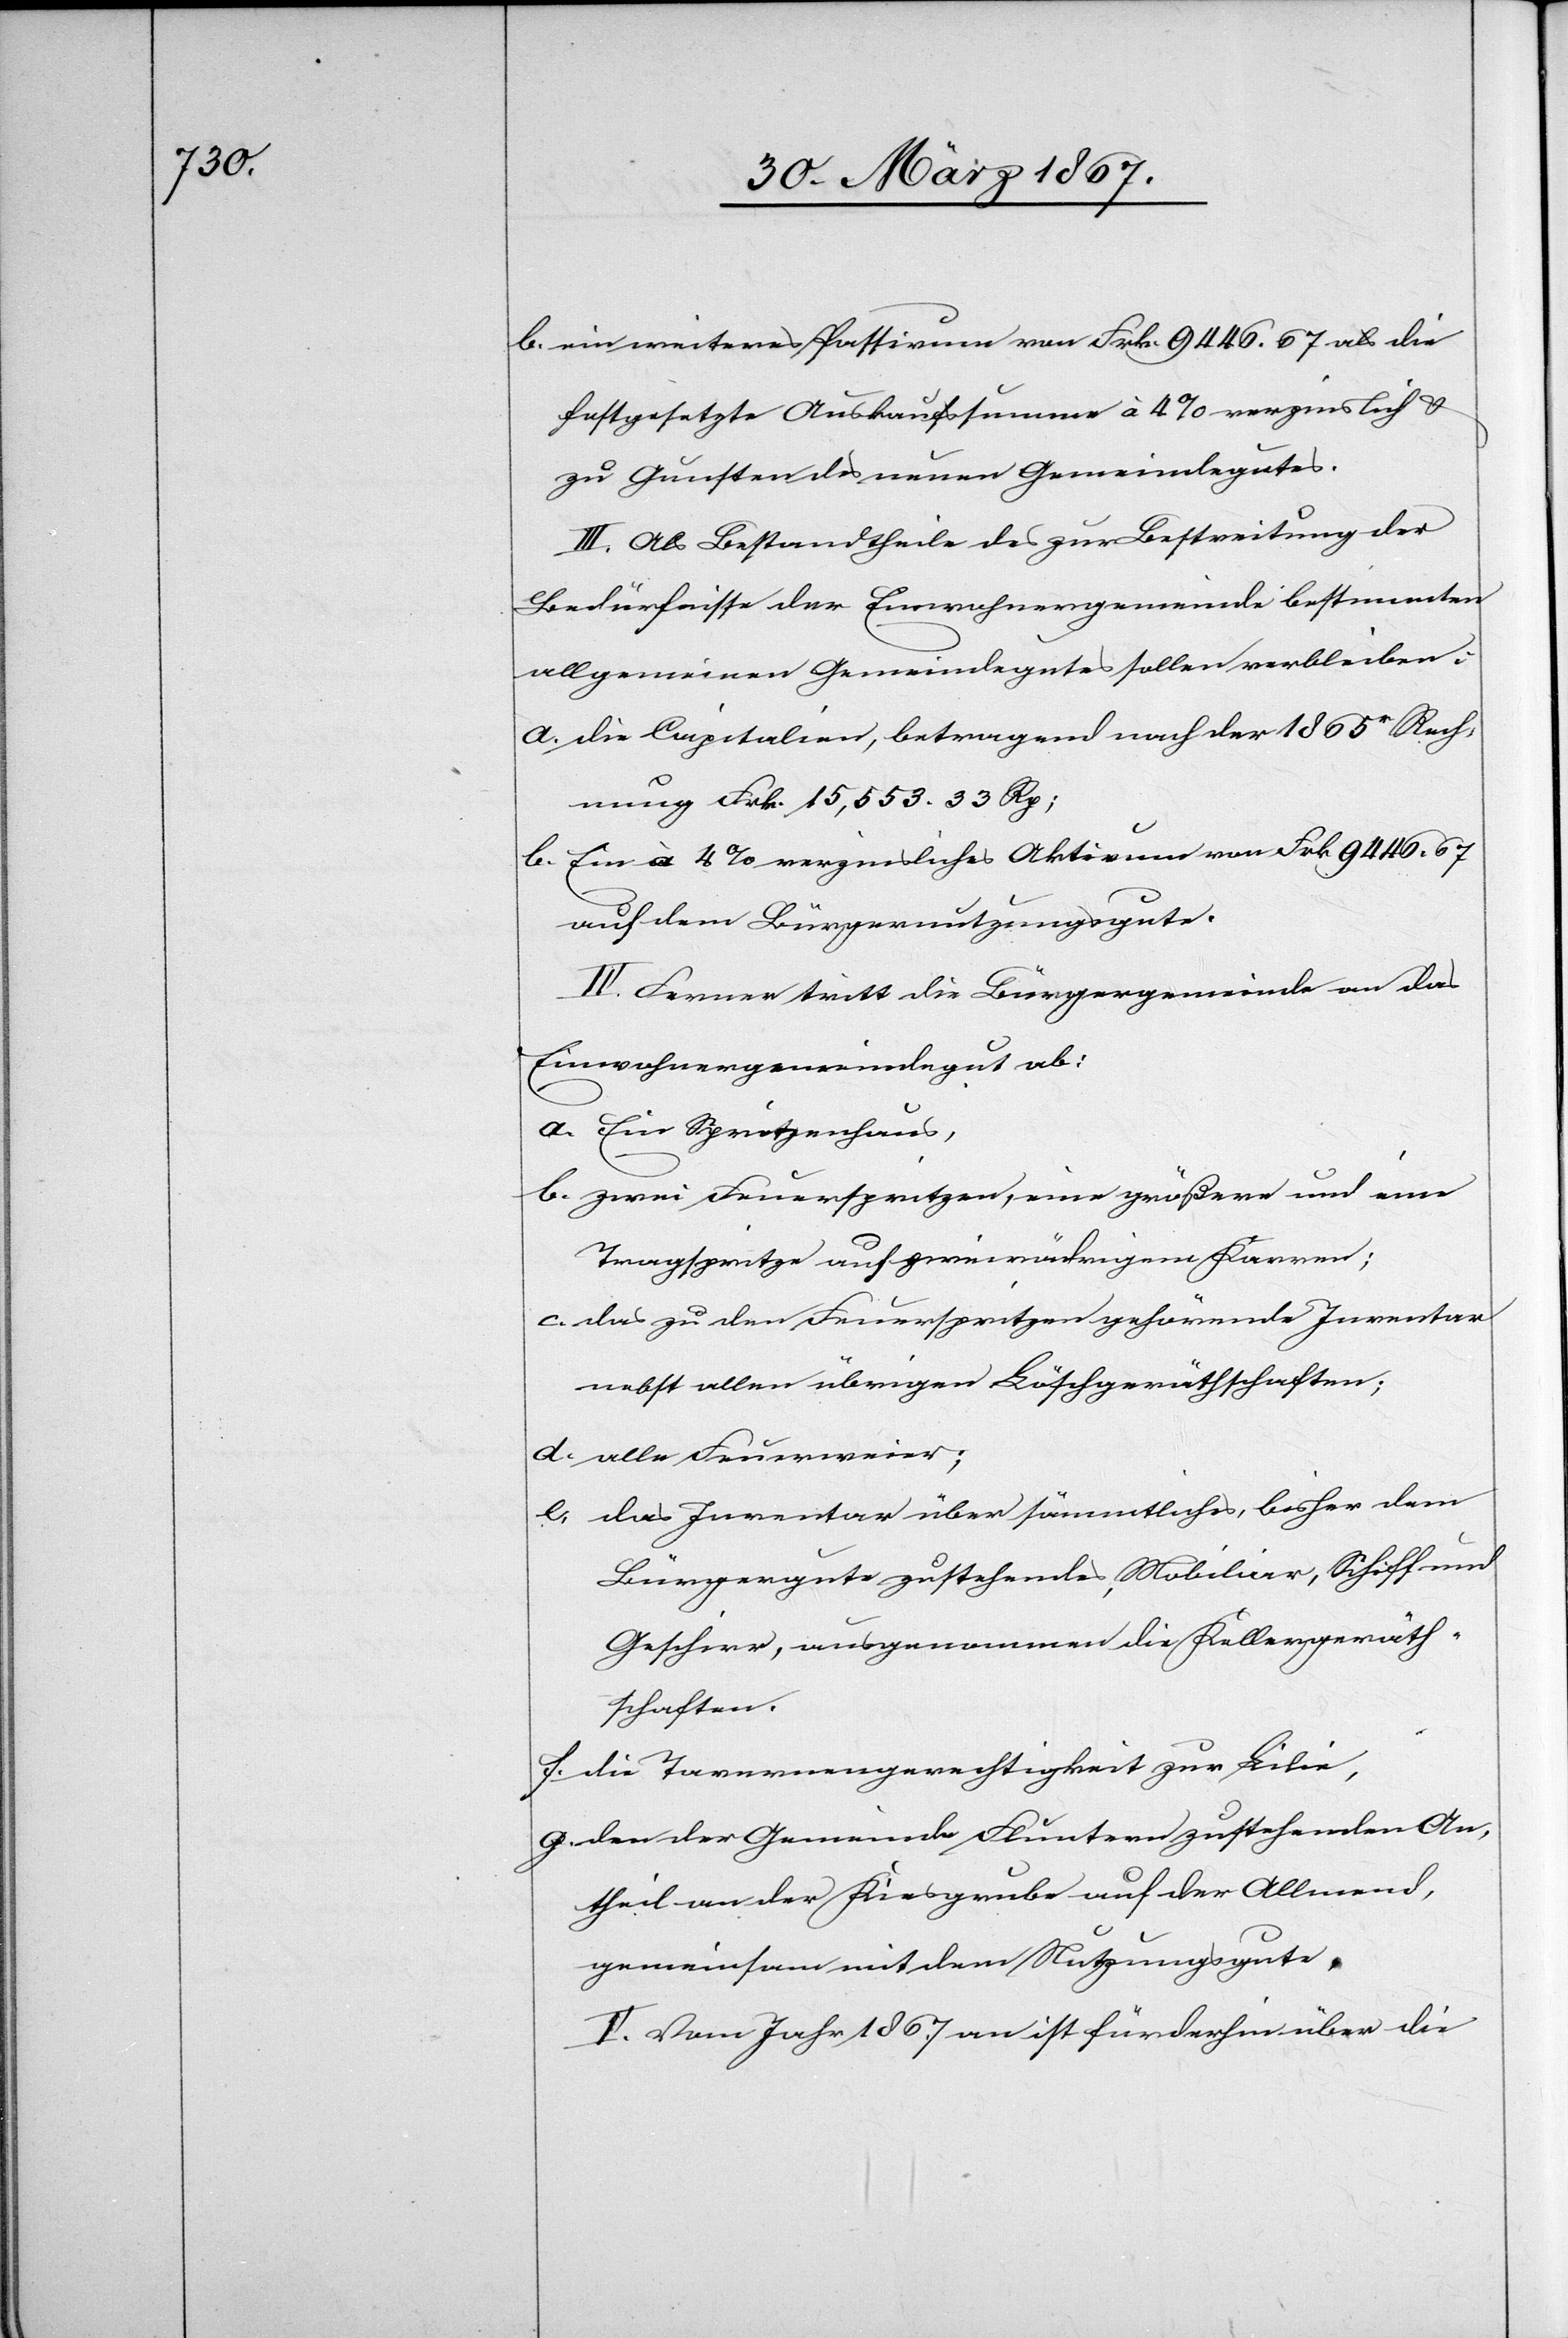
b.	ein weiteres Passivum von Frk. 9446.67 als die
festgesetzte Auskaufssumme à 4% verzinslich u.
zu Gunsten des neuen Gemeindegutes.
III. Als Bestandtheile des zur Bestreitung der
Bedürfnisse der Einwohnergemeinde bestimmten
allgemeinen Gemeindegutes sollen verbleiben:
a.	die Capitalien, betragend nach der 1865r Rech¬
nung Frk. 15,553. 33 Rp;
b.	Ein à 4% verzinsliches Aktivum von Frk. 9446.67
auf dem Bürgernutzungsgute.
IV. Ferner tritt die Bürgergemeinde an das
Einwohnergemeindegut ab:
a.	Ein Spritzenhaus,
b.	zwei Feuerspritzen, eine größere und eine
Tragspritze auf zweirädrigem Karren;
c.	das zu den Feuerspritzen gehörende Inventar
nebst allen übrigen Löschgeräthschaften;
d.	alle Feuerweier;
e.	das Inventar über sämmtliches, bisher dem
Bürgergute zustehendes Mobiliar, Schiff und
Geschirr, ausgenommen die Kellergeräth¬
schaften.
f.	die Tavernengerechtigkeit zur Lilie,
g.	den der Gemeinde Fluntern zustehenden An¬
theil an der Kiesgrube auf der Allmend,
gemeinsam mit dem Nutzungsgute.
V. Vom Jahr 1867 an ist fürderhin über die